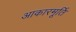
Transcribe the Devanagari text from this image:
आकारमूर्ति